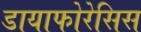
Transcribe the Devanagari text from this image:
डायाफोरेसिस